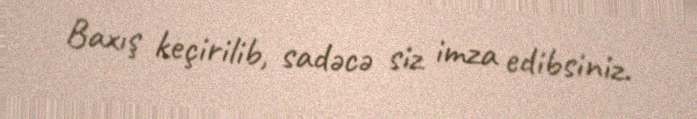
Baxış keçirilib, sadəcə siz imza edibsiniz.